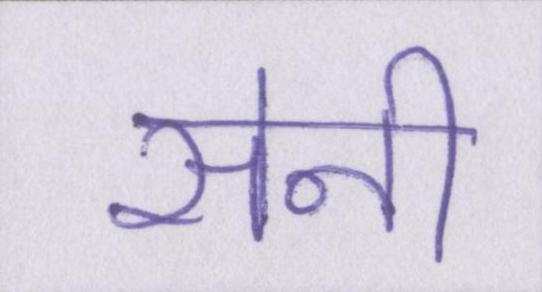
सेनी